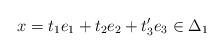
LaTeX: \begin{align*}x = t_1 e_1+ t_2 e_2 + t'_3e_3 \in \Delta_1 \end{align*}